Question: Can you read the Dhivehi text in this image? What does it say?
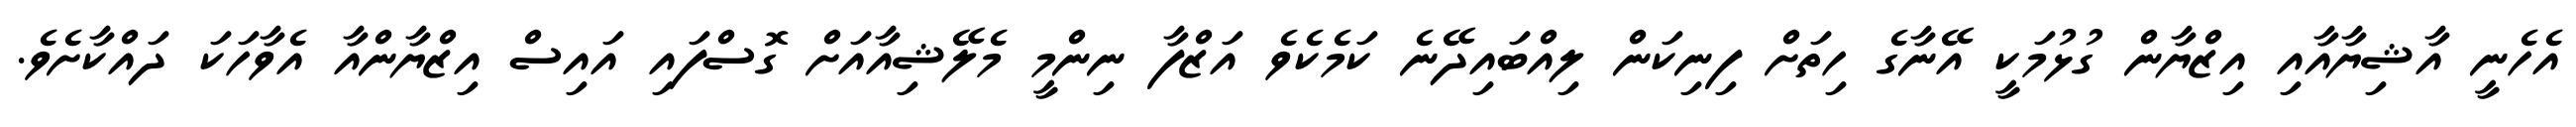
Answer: އެހެނީ އާޝިޔާއާއި އިޒްޔާން ގުޅުމަކީ އޭނާގެ ހިތަށް ފިނިކަން ލިއްބައިދޭނެ ކަމެކެވެ އަޒްފާ ނިންމީ މެލޭޝިއާއަށް ގޮސްފައި އައިސް އިޒްޔާންއާ އެވާހަކަ ދައްކާށެވެ.